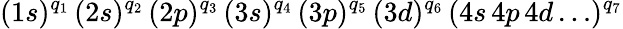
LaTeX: (1s)^{q_{1}}\, (2s)^{q_{2}}\, (2p)^{q_{3}}\, (3s)^{q_{4}}\, (3p)^{q_{5}}\, (3d)^{q_{6}}\, (4s\, 4p\, 4d\dots)^{q_{7}}